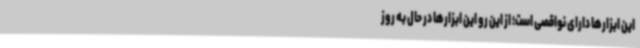
این ابزارها دارای نواقصی است؛ از این رو این ابزارها در حال به روز